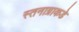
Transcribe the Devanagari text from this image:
स्तनाग्राकडे